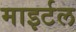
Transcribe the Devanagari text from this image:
माइर्टल